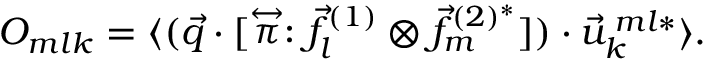
O _ { m l k } = \langle ( \vec { q } \cdot [ \stackrel { \leftrightarrow } { \pi } : \vec { f } _ { l } ^ { ( 1 ) } \otimes \vec { f } _ { m } ^ { ( 2 ) ^ { * } } ] ) \cdot \vec { u } _ { k } ^ { \: m l * } \rangle .